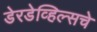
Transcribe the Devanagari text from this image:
डेरडेव्हिल्सचे